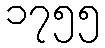
၁၇၅၅